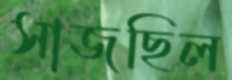
সাজছিল